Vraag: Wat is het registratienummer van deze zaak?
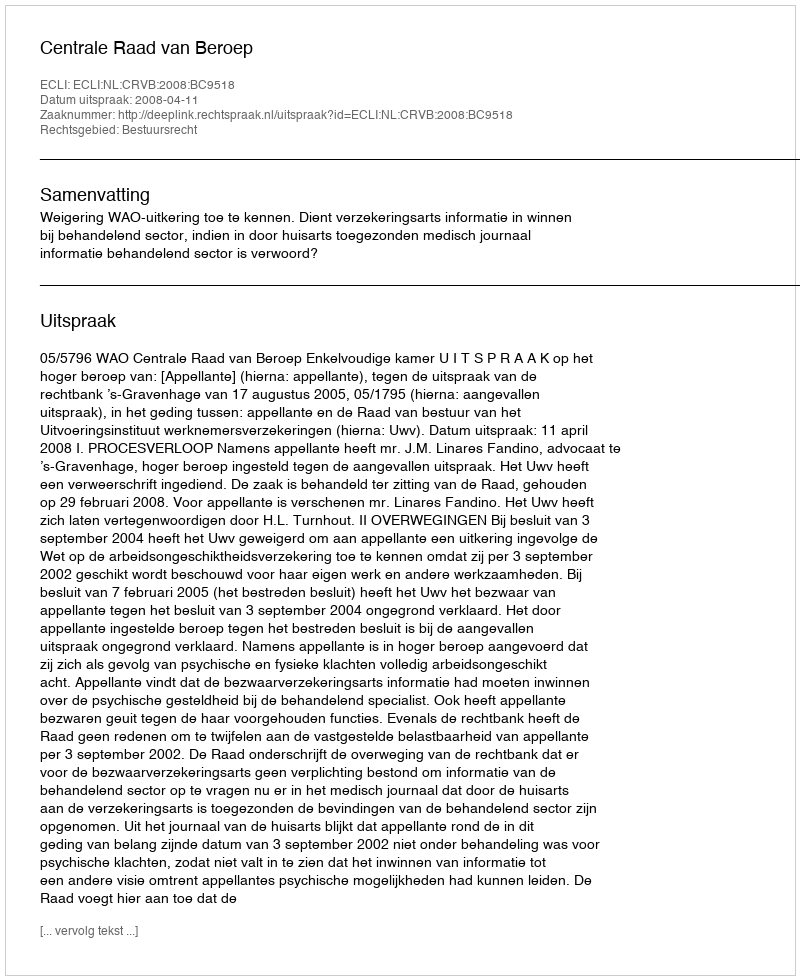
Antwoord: http://deeplink.rechtspraak.nl/uitspraak?id=ECLI:NL:CRVB:2008:BC9518